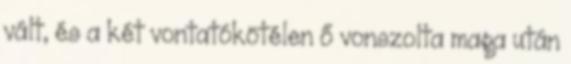
vált, és a két vontatókötélen ő vonszolta maga után